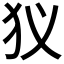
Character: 𤜥